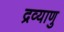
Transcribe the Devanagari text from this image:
द्रव्याणु